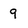
Character: 9